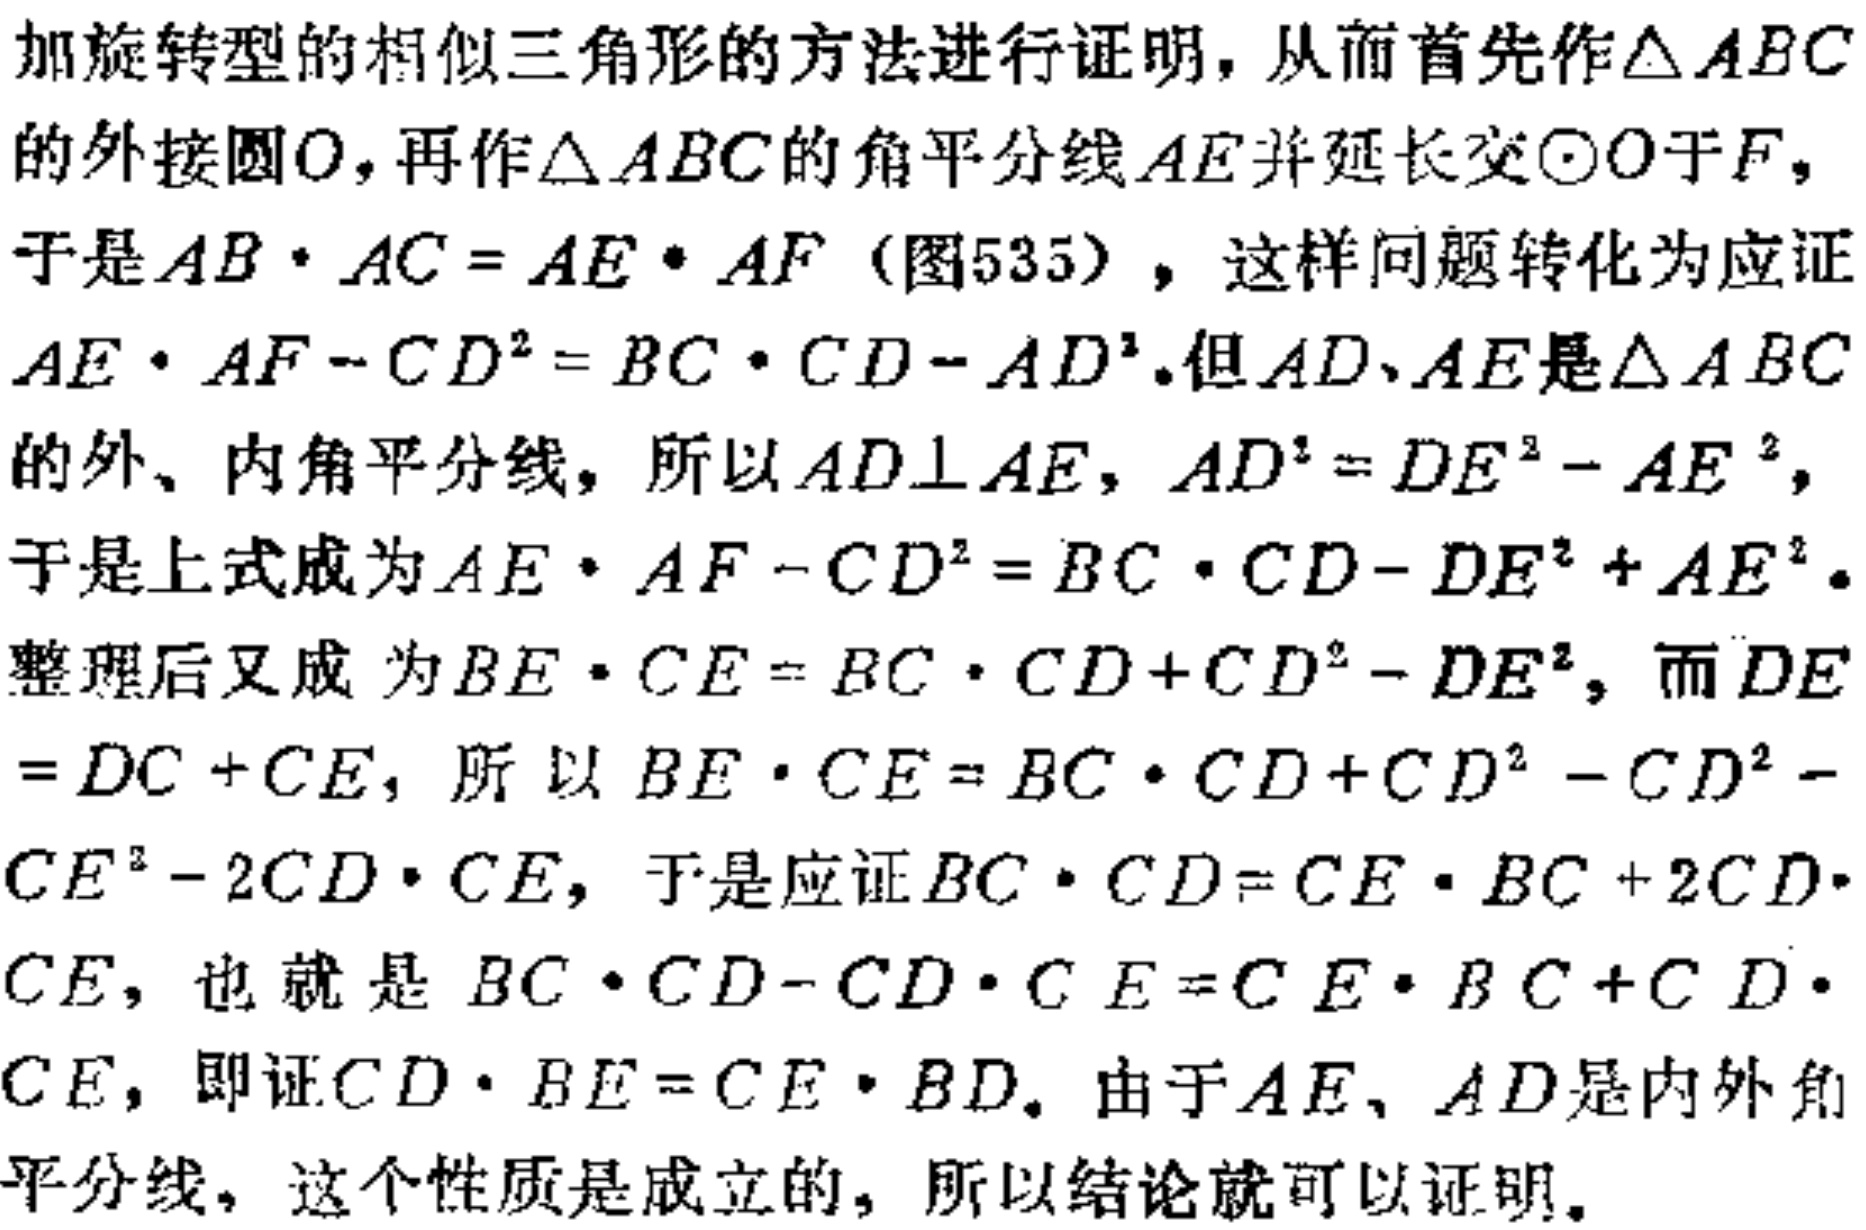
加旋转型的相似三角形的方法进行证明，从而首先作\(\triangle ABC\)的外接圆\(O\)，再作\(\triangle ABC\)的角平分线\(AE\)并延长交\(\odot O\)于\(F\)，于是\(AB\cdot AC = AE\cdot AF\)（图535），这样问题转化为应证\(AE\cdot AF - CD^{2}=BC\cdot CD - AD^{2}\)。但\(AD\)、\(AE\)是\(\triangle ABC\)的外、内角平分线，所以\(AD\perp AE\)，\(AD^{2}=DE^{2}-AE^{2}\)，于是上式成为\(AE\cdot AF - CD^{2}=BC\cdot CD - DE^{2}+AE^{2}\)。整理后又成为\(BE\cdot CE = BC\cdot CD + CD^{2}-DE^{2}\)，而\(DE = DC + CE\)，所以\(BE\cdot CE = BC\cdot CD + CD^{2}-CD^{2}-CE^{2}-2CD\cdot CE\)，于是应证\(BC\cdot CD = CE\cdot BC + 2CD\cdot CE\)，也就是\(BC\cdot CD - CD\cdot CE = CE\cdot BC + CD\cdot CE\)，即证\(CD\cdot BE = CE\cdot BD\)。由于\(AE\)、\(AD\)是内外角平分线，这个性质是成立的，所以结论就可以证明。